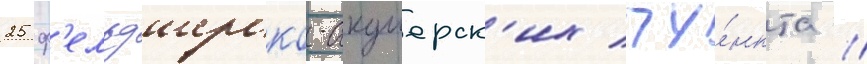
25 ф'ельдшерско-акушерск'их пу́нкта //